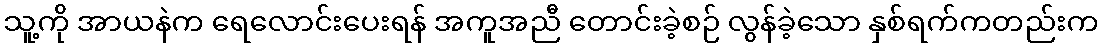
သူ့ကို အာယနဲက ရေလောင်းပေးရန် အကူအညီ တောင်းခဲ့စဉ် လွန်ခဲ့သော နှစ်ရက်ကတည်းက